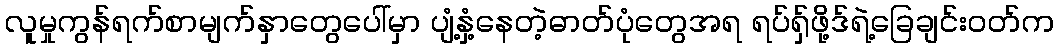
လူမှုကွန်ရက်စာမျက်နှာတွေပေါ်မှာ ပျံ့နှံ့နေတဲ့ဓာတ်ပုံတွေအရ ရပ်ရှ်ဖို့ဒ်ရဲ့ခြေချင်းဝတ်က